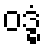
ဝဒ္ဓံ